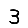
Digit: 3